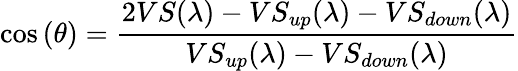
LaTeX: \cos{(\theta)}=\frac{2VS(\lambda)-VS_{up}(\lambda)-VS_{down}(\lambda)}{VS_{up}(\lambda)-VS_{down}(\lambda)}